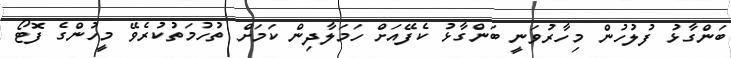
ބަންގާޅު ފުލުހުން މިހާރުވަނީ ބަންގާޅު ކެފޭއަށް ހަމަލާދިން ކަމަށް ތުހުމަތުކުރެވޭ މީހުންގެ ފޮޓޯ